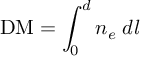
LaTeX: \mathrm { D M } = \int _ { 0 } ^ { d } { n _ { e } \; d l }